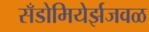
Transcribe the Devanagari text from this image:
सँडोमियेर्झजवळ